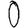
Digit: 0